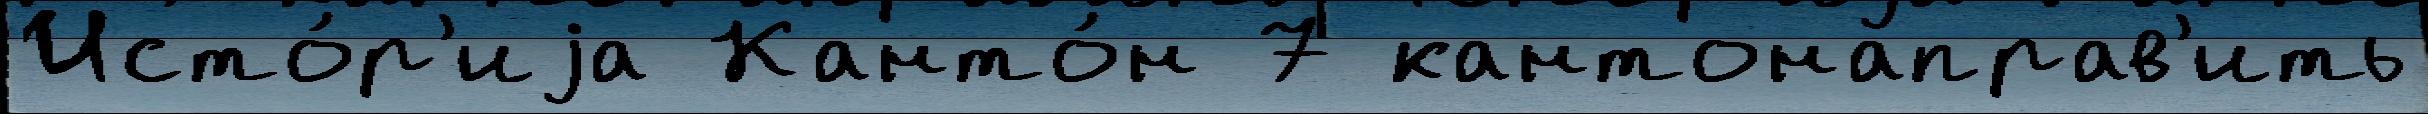
Исто́р'иjа Канто́н 7 кантонаправ'ить